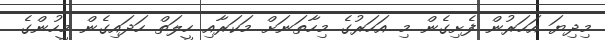
މިދިޔަ އަހަރުން ފެށިގެން މި އަހަރުގެ މިހާތަަނަށް މަކަރާއި ހީލަތް ހަދައިގެން މީހުންގެ